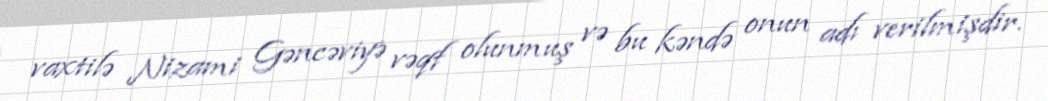
vaxtilə Nizami Gəncəviyə vəqf olunmuş və bu kəndə onun adı verilmişdir.